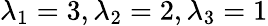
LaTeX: \lambda_{1}=3,\lambda_{2}=2,\lambda_{3}=1